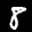
Label: 8